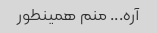
آره... منم همینطور